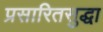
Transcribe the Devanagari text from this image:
प्रसारितसुद्धा